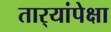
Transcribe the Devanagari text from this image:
तार्‍यांपेक्षा